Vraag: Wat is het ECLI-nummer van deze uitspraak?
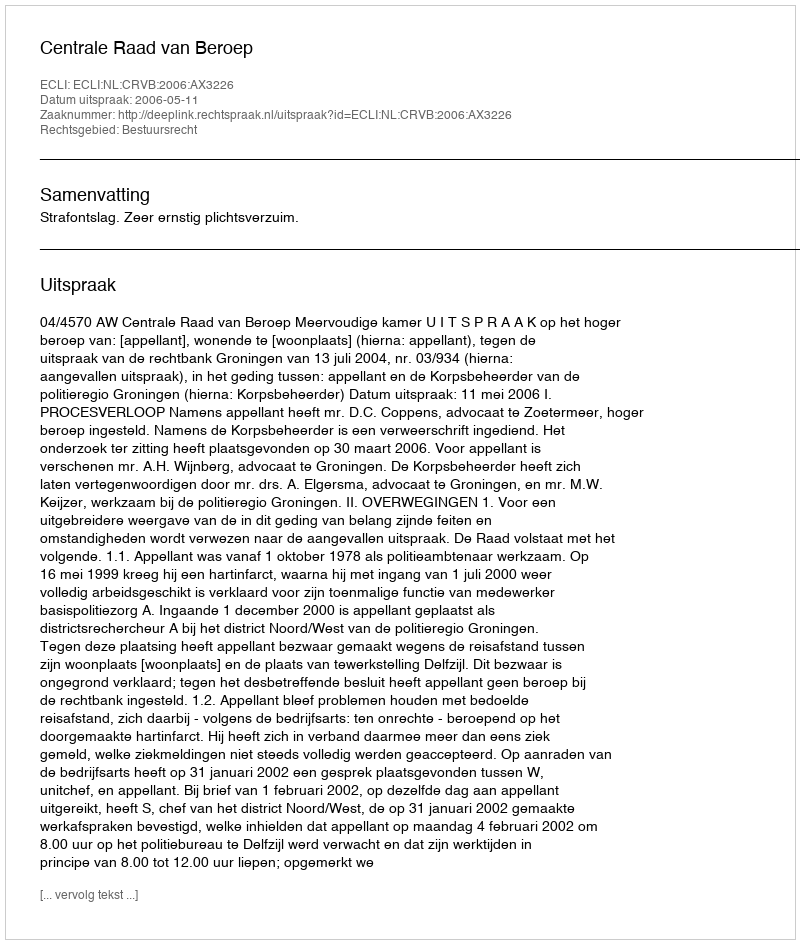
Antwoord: ECLI:NL:CRVB:2006:AX3226